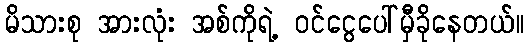
မိသားစု အားလုံး အစ်ကိုရဲ့ ဝင်ငွေပေါ်မှီခိုနေတယ်။